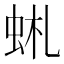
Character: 𧉹